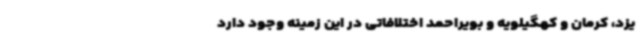
یزد، کرمان و کهگیلویه و بویراحمد اختلافاتی در این زمینه وجود دارد